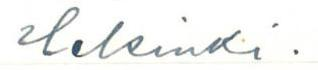
Helsinki.